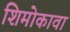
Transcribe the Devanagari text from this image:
शिमोकावा